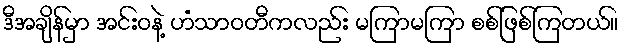
ဒီအချိန်မှာ အင်းဝနဲ့ ဟံသာဝတီကလည်း မကြာမကြာ စစ်ဖြစ်ကြတယ်။